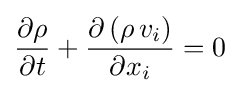
{\frac {\partial \rho }{\partial t}}+{\frac {\partial \left(\rho \,v_{i}\right)}{\partial x_{i}}}=0